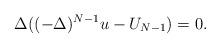
LaTeX: \begin{align*}\Delta ((-\Delta)^{N-1}u - U_{N-1} ) = 0.\end{align*}